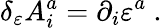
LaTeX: \delta_{\varepsilon}A_{i}^{a}=\partial_{i}\varepsilon^{a}\ .